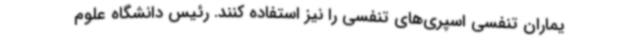
یماران تنفسی اسپری‌های تنفسی را نیز استفاده کنند. رئیس دانشگاه علوم